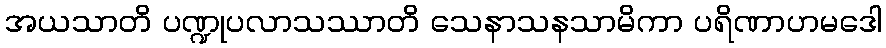
အယသာတိ ပဏ္ဍုပလာသဿာတိ သေနာသနသာမိကာ ပရိဏာဟမဒေါ